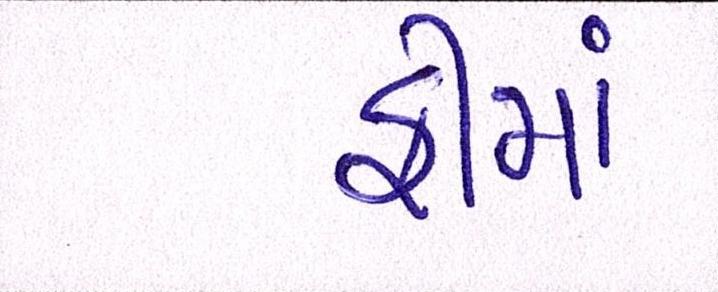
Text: ફીમાં